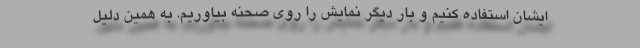
ایشان استفاده کنیم و بار دیگر نمایش را روی صحنه بیاوریم. به همین دلیل